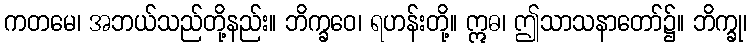
ကတမေ၊ အဘယ်သည်တို့နည်း။ ဘိက္ခဝေ၊ ရဟန်းတို့။ ဣဓ၊ ဤသာသနာတော်၌။ ဘိက္ခု၊